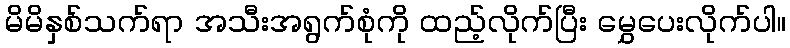
မိမိနှစ်သက်ရာ အသီးအရွက်စုံကို ထည့်လိုက်ပြီး မွှေပေးလိုက်ပါ။